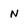
Character: N